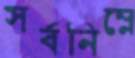
সর্বনিম্নে